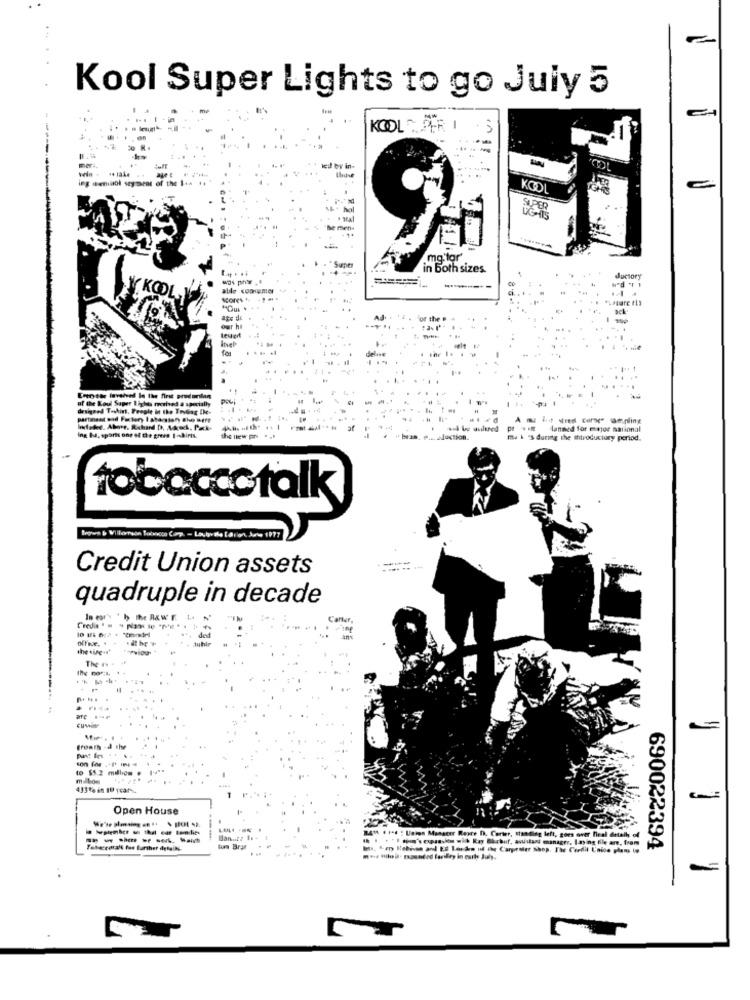
Kool Super Lights to go July 5
KOOL PER 1 . 3
---
mer
wed by in-
KOD
SUPER
Super
.mg tor
in Both sizes.
ductory
able conrumer
ack-
our ha
levert
Enotar lavahed Is the first predarlan
of the Koul Saper Lights received & specially
designed Toshint. People In the TreGing De-
partment and Factory I shamtony che wert
A mu lie sred corse" sampling
4.4 be dulened
lanned for major national
ing I. sport one of the green I- biris.
Juction.
me & 'S during the introductory period.
tobaccotalk
Credit Union assets
quadruple in decade
In cars " by the RAW F. 1
N
Carter
ded
#-PWSou
The N . .
...
.....
frøath -d the
to $5.2 million #
433 te in 10 ycar -.
Open House
B.AMA . 14. : Union Mangeer Reare D. Carter, standing left, goes over heal detalh of
------
--
lon Bras
Ints, "epy Rebives and LE London nd the Carpenter Shop. The Cerflit Unice plans to
690022394